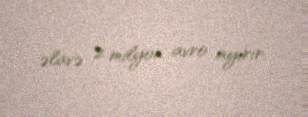
əlavə 2 milyon avro ayırır.